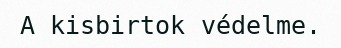
A kisbirtok védelme.